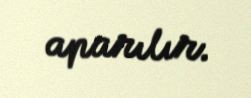
aparılır.